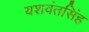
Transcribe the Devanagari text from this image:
यशवंतसिंह